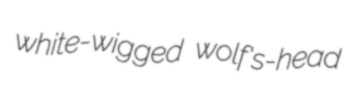
white-wigged wolf's-head